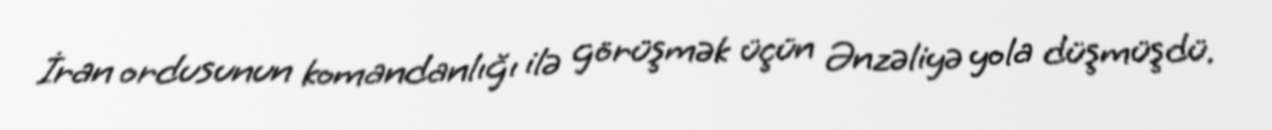
İran ordusunun komandanlığı ilə görüşmək üçün Ənzəliyə yola düşmüşdü.